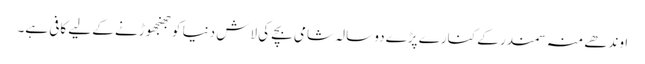
اوندھے منہ سمندر کے کنارے پڑے دو سالہ شامی بچے کی لاش دنیا کو جھنجھوڑنے کے لیے کافی ہے۔